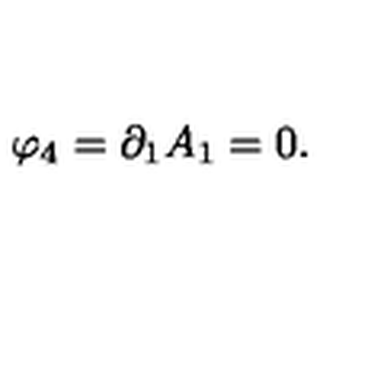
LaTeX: \varphi _ { 4 } = \partial _ { 1 } A _ { 1 } = 0 .